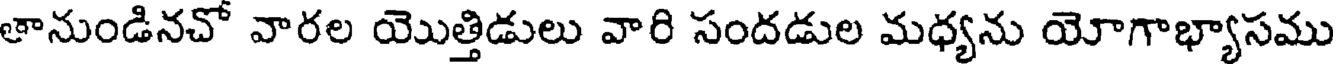
తానుండినచో వారల యొత్తిడులు వారి సందడుల మధ్యను యోగాభ్యాసము